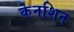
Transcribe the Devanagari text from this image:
केनशिन